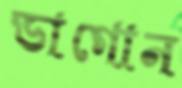
ডাগোন